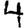
Digit: 4